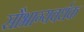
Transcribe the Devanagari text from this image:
सौभाग्यवर्धक